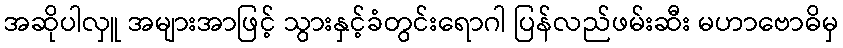
အဆိုပါလှူ အများအာဖြင့် သွားနှင့်ခံတွင်းရောဂါ ပြန်လည်ဖမ်းဆီး မဟာဗောဓိမှ